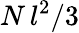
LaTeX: N\, l^{2}/3